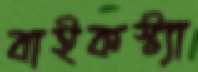
বাইকস্ট্যা